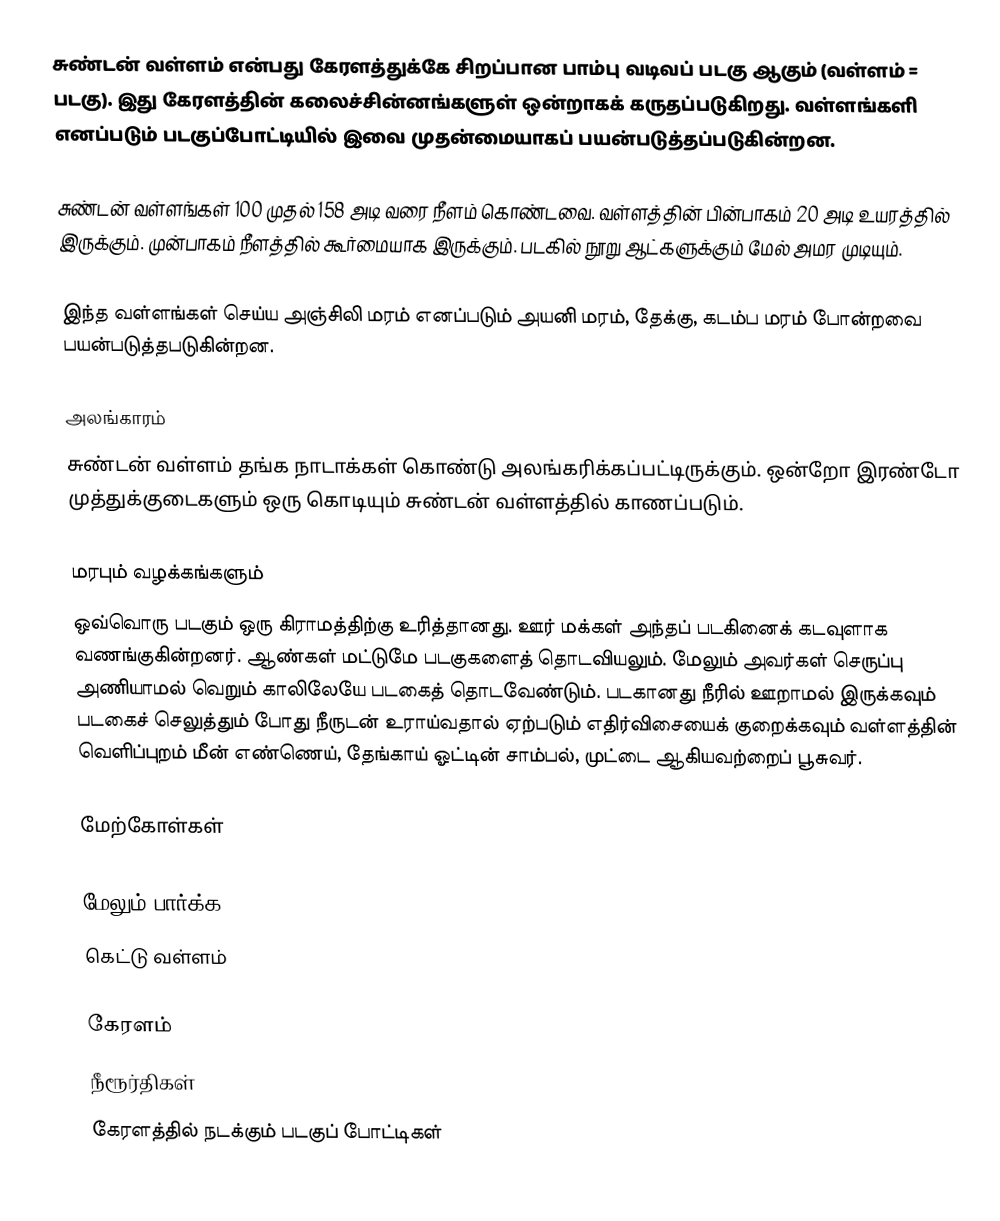
சுண்டன் வள்ளம் என்பது கேரளத்துக்கே சிறப்பான பாம்பு வடிவப் படகு ஆகும் (வள்ளம் = படகு). இது கேரளத்தின் கலைச்சின்னங்களுள் ஒன்றாகக் கருதப்படுகிறது. வள்ளங்களி எனப்படும் படகுப்போட்டியில் இவை முதன்மையாகப் பயன்படுத்தப்படுகின்றன.

சுண்டன் வள்ளங்கள் 100 முதல் 158 அடி வரை நீளம் கொண்டவை. வள்ளத்தின் பின்பாகம் 20 அடி உயரத்தில் இருக்கும். முன்பாகம் நீளத்தில் கூர்மையாக இருக்கும். படகில் நூறு ஆட்களுக்கும் மேல் அமர முடியும்.

இந்த வள்ளங்கள் செய்ய அஞ்சிலி மரம் எனப்படும் அயனி மரம், தேக்கு, கடம்ப மரம் போன்றவை பயன்படுத்தபடுகின்றன.

அலங்காரம்
சுண்டன் வள்ளம் தங்க நாடாக்கள் கொண்டு அலங்கரிக்கப்பட்டிருக்கும். ஒன்றோ இரண்டோ முத்துக்குடைகளும் ஒரு கொடியும் சுண்டன் வள்ளத்தில் காணப்படும்.

மரபும் வழக்கங்களும்
ஒவ்வொரு படகும் ஒரு கிராமத்திற்கு உரித்தானது. ஊர் மக்கள் அந்தப் படகினைக் கடவுளாக வணங்குகின்றனர். ஆண்கள் மட்டுமே படகுகளைத் தொடவியலும். மேலும் அவர்கள் செருப்பு அணியாமல் வெறும் காலிலேயே படகைத் தொடவேண்டும். படகானது நீரில் ஊறாமல் இருக்கவும் படகைச் செலுத்தும் போது நீருடன் உராய்வதால் ஏற்படும் எதிர்விசையைக் குறைக்கவும் வள்ளத்தின் வெளிப்புறம் மீன் எண்ணெய், தேங்காய் ஓட்டின் சாம்பல், முட்டை ஆகியவற்றைப் பூசுவர்.

மேற்கோள்கள்

மேலும் பார்க்க
 கெட்டு வள்ளம்

கேரளம்
நீரூர்திகள்
கேரளத்தில் நடக்கும் படகுப் போட்டிகள்